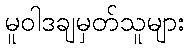
မူဝါဒချမှတ်သူများ